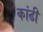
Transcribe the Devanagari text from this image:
कांढी